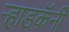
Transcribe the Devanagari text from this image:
ऱ्हाडकॅनी